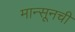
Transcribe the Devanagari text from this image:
मान्सूनची